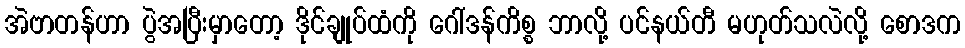
အဲဗာတန်ဟာ ပွဲအပြီးမှာတော့ ဒိုင်ချုပ်ထံကို ဂေါ်ဒန်ကိစ္စ ဘာလို့ ပင်နယ်တီ မဟုတ်သလဲလို့ စောဒက